Account of plague administration in the Bombay Presidency from September 1896 till May 1897
Year: 1896
Disease focus: Plague
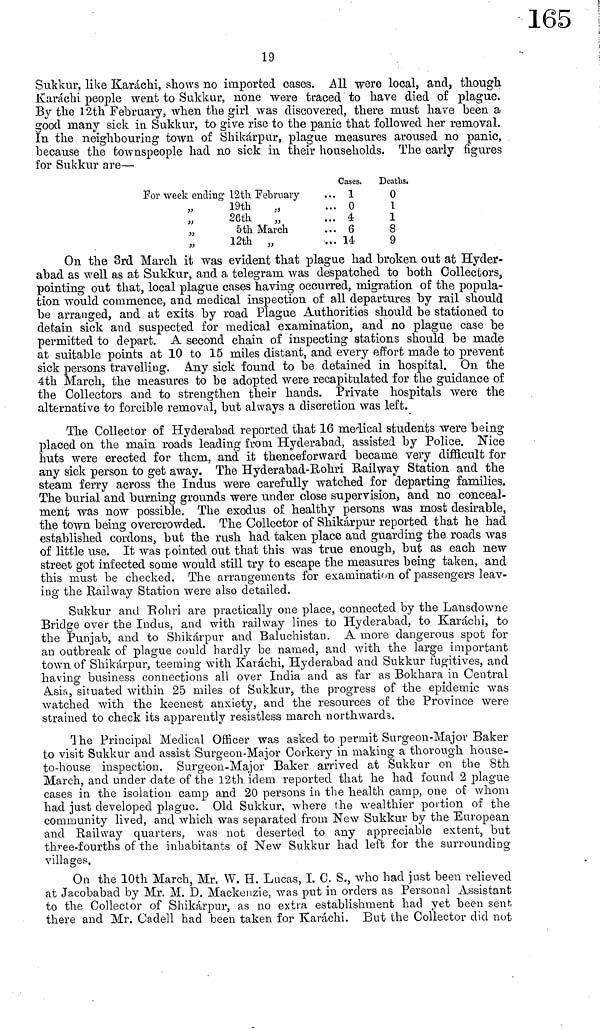
19
Sukkur, like Karachi, shows no imported cases. All were local, and, though
Karachi people went to Sukkur, none were traced to have died of plague.
By the 12th February, when the girl was discovered, there must have been a
good many sick in Sukkur, to give rise to the panic that followed her removal.
In the neighbouring town of Shikarpur, plague measures aroused no panic,
because the townspeople had no sick in their households. The early figures
for Sukkur are—
For week ending 12th February
" 19th "
" 26th
"
"
5th March
" 12th "
Cases.
1
0
4
6
14
Deaths.
0
1
1
8
9
On the 3rd March it was evident that plague had broken out at Hyder-
abad as well as at Sukkur, and a telegram was despatched to both Collectors,
pointing out that, local plague cases having occurred, migration of the popula-
tion would commence, and medical inspection of all departures by rail should
be arranged, and at exits by road Plague Authorities should be stationed to
detain sick and suspected for medical examination, and no plague case be
permitted to depart. A second chain of inspecting stations should be made
at suitable points at 10 to 15 miles distant, and every effort made to prevent
sick persons travelling. Any sick found to be detained in hospital. On the
4th March, the measures to be adopted were recapitulated for the guidance of
the Collectors and to strengthen their hands. Private hospitals were the
alternative to forcible removal, but always a discretion was left.
The Collector of Hyderabad reported that 16 medical students were being
placed on the main roads leading from Hyderabad, assisted by Police. Nice
huts were erected for them, and it thenceforward became very difficult for
any sick person to get away. The Hyderabad-Holm Railway Station and the
steam ferry across the Indus were carefully watched for departing families.
The burial and burning grounds were under close supervision, and no conceal-
ment was now possible. The exodus of healthy persons was most desirable,
the town being overcrowded. The Collector of Shikarpur reported that he had
established cordons, but the rush had taken place and guarding the roads was
of little use. It was pointed out that this was true enough, but as each new
street got infected some would still try to escape the measures being taken, and
this must be checked. The arrangements for examination of passengers leav-
ing the Railway Station were also detailed.
Sukkur and Rohri are practically one place, connected by the Lansdowne
Bridge over the Indus, and with railway lines to Hyderabad, to Karachi, to
the Punjab, and to Shikarpur and Baluchistan. A more dangerous spot for
an outbreak of plague could hardly be named, and with the large important
town of Shikarpur, teeming with Karachi, Hyderabad and Sukkur fugitives, and
having business connections all over India and as far as Bokhara in Central
Asia, situated within 25 miles of Sukkur, the progress of the epidemic was
watched with the keenest anxiety, and the resources of the Province were
strained to check its apparently resistless march northwards.
The Principal Medical Officer was asked to permit Surgeon-Major Baker
to visit Sukkur and assist Surgeon-Major Corkery in making a thorough house-
to-house inspection. Surgeon-Major Baker arrived at Sukkur on the 8th
March, and under date of the 12th idem reported that he had found 2 plague
cases in the isolation camp and 20 persons in the health camp, one of whom
had just developed plague. Old Sukkur, where the wealthier portion of the
community lived, and which was separated from New Sukkur by the European
and Railway quarters, was not deserted to any appreciable extent, but
three-fourths of the inhabitants of New Sukkur had left for the surrounding-
villages.
On the 10th March, Mr. W. H. Lucas, I. C. S., who had just been relieved
at Jacobabad by Mr. M. D. Mackenzie, was put in orders as Personal Assistant
to the Collector of Shikarpur, as no extra establishment had yet been sent,
there and Mr. Cadell had been taken for Karachi. But the Collector did not